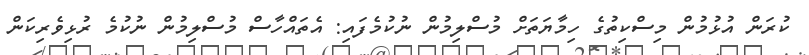
ކުރަން އުޅުމުން މިސްކިތުގެެ ހިމާޔަތަށް މުސްލިމުން ނުކުމެފައި: އެތައްހާސް މުސްލިމުން ނުކުމެ ރުޅިވެރިކަން